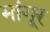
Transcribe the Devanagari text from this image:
मांगूर